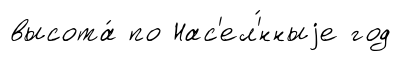
высота́ по Нас'ел'́нныjе год